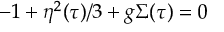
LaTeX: - 1 + \eta ^ { 2 } ( \tau ) / 3 + g \Sigma ( \tau ) = 0